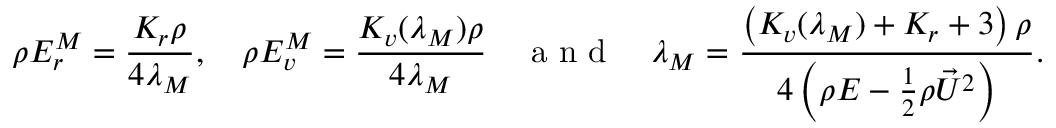
\rho E _ { r } ^ { M } = \frac { K _ { r } \rho } { 4 \lambda _ { M } } , \quad \rho E _ { v } ^ { M } = \frac { K _ { v } ( \lambda _ { M } ) \rho } { 4 \lambda _ { M } } \quad { \mathrm { ~ a ~ n ~ d ~ } } \quad { \lambda _ { M } } = \frac { \left( K _ { v } ( \lambda _ { M } ) + K _ { r } + 3 \right) \rho } { 4 \left( \rho E - \frac { 1 } { 2 } \rho { \vec { U } } ^ { 2 } \right) } .